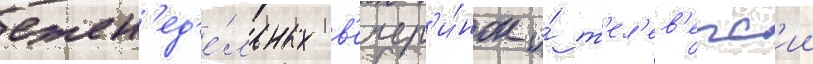
ежен'ед'е́льных в'ечер'и́нок и́ т'ел'ев'ерс'ии